Calcutta medical institutions reports 1871-78
Year: 1871
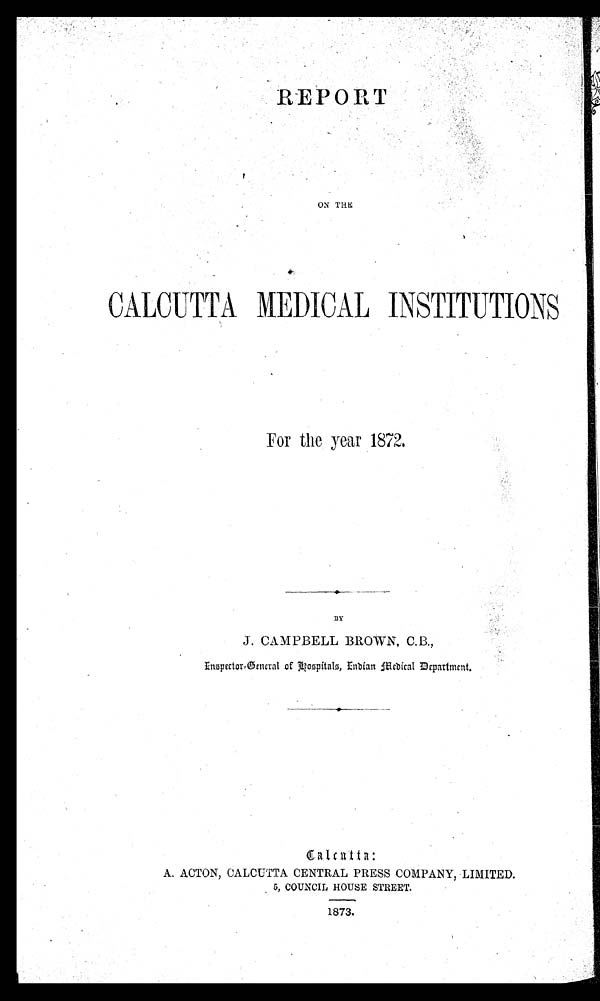
REPORT
ON THE
CALCUTTA MEDICAL INSTITUTIONS
For the year 1872.
BY
J. CAMPBELL BROWN, C.B.,
Inspector-General of Hospitals, Indian Medical Department.
Calcutta:
A. ACTON, CALCUTTA CENTRAL PRESS COMPANY, LIMITED.
5, COUNCIL HOUSE STREET.
1873.